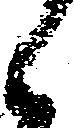
候